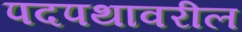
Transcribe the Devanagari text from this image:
पदपथावरील